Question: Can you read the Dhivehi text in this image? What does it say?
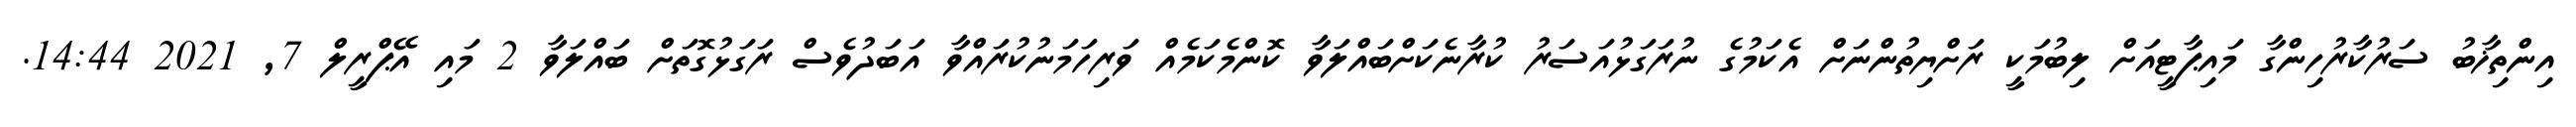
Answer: އިންތިޚާބު ސަރުކާރުހިންގާ މައިޕާޓީއަށް ލިބުމަކީ ރަށްޔިތުންނަށް އެކަމުގެ ނުރަގަޅުއަސަރު ކުރާނެކަށްބައްލަވާ ކޮންމެކަމެއް ވަރިހަމަނުކުރައްވާ އަބަދުވެސް ރަގަޅުގޮތަށް ބައްލަވާ 2 މައި އޭޕްރީލް 7, 2021 14:44.